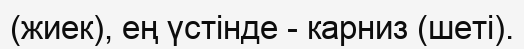
(жиек), ең үстінде - карниз (шеті).